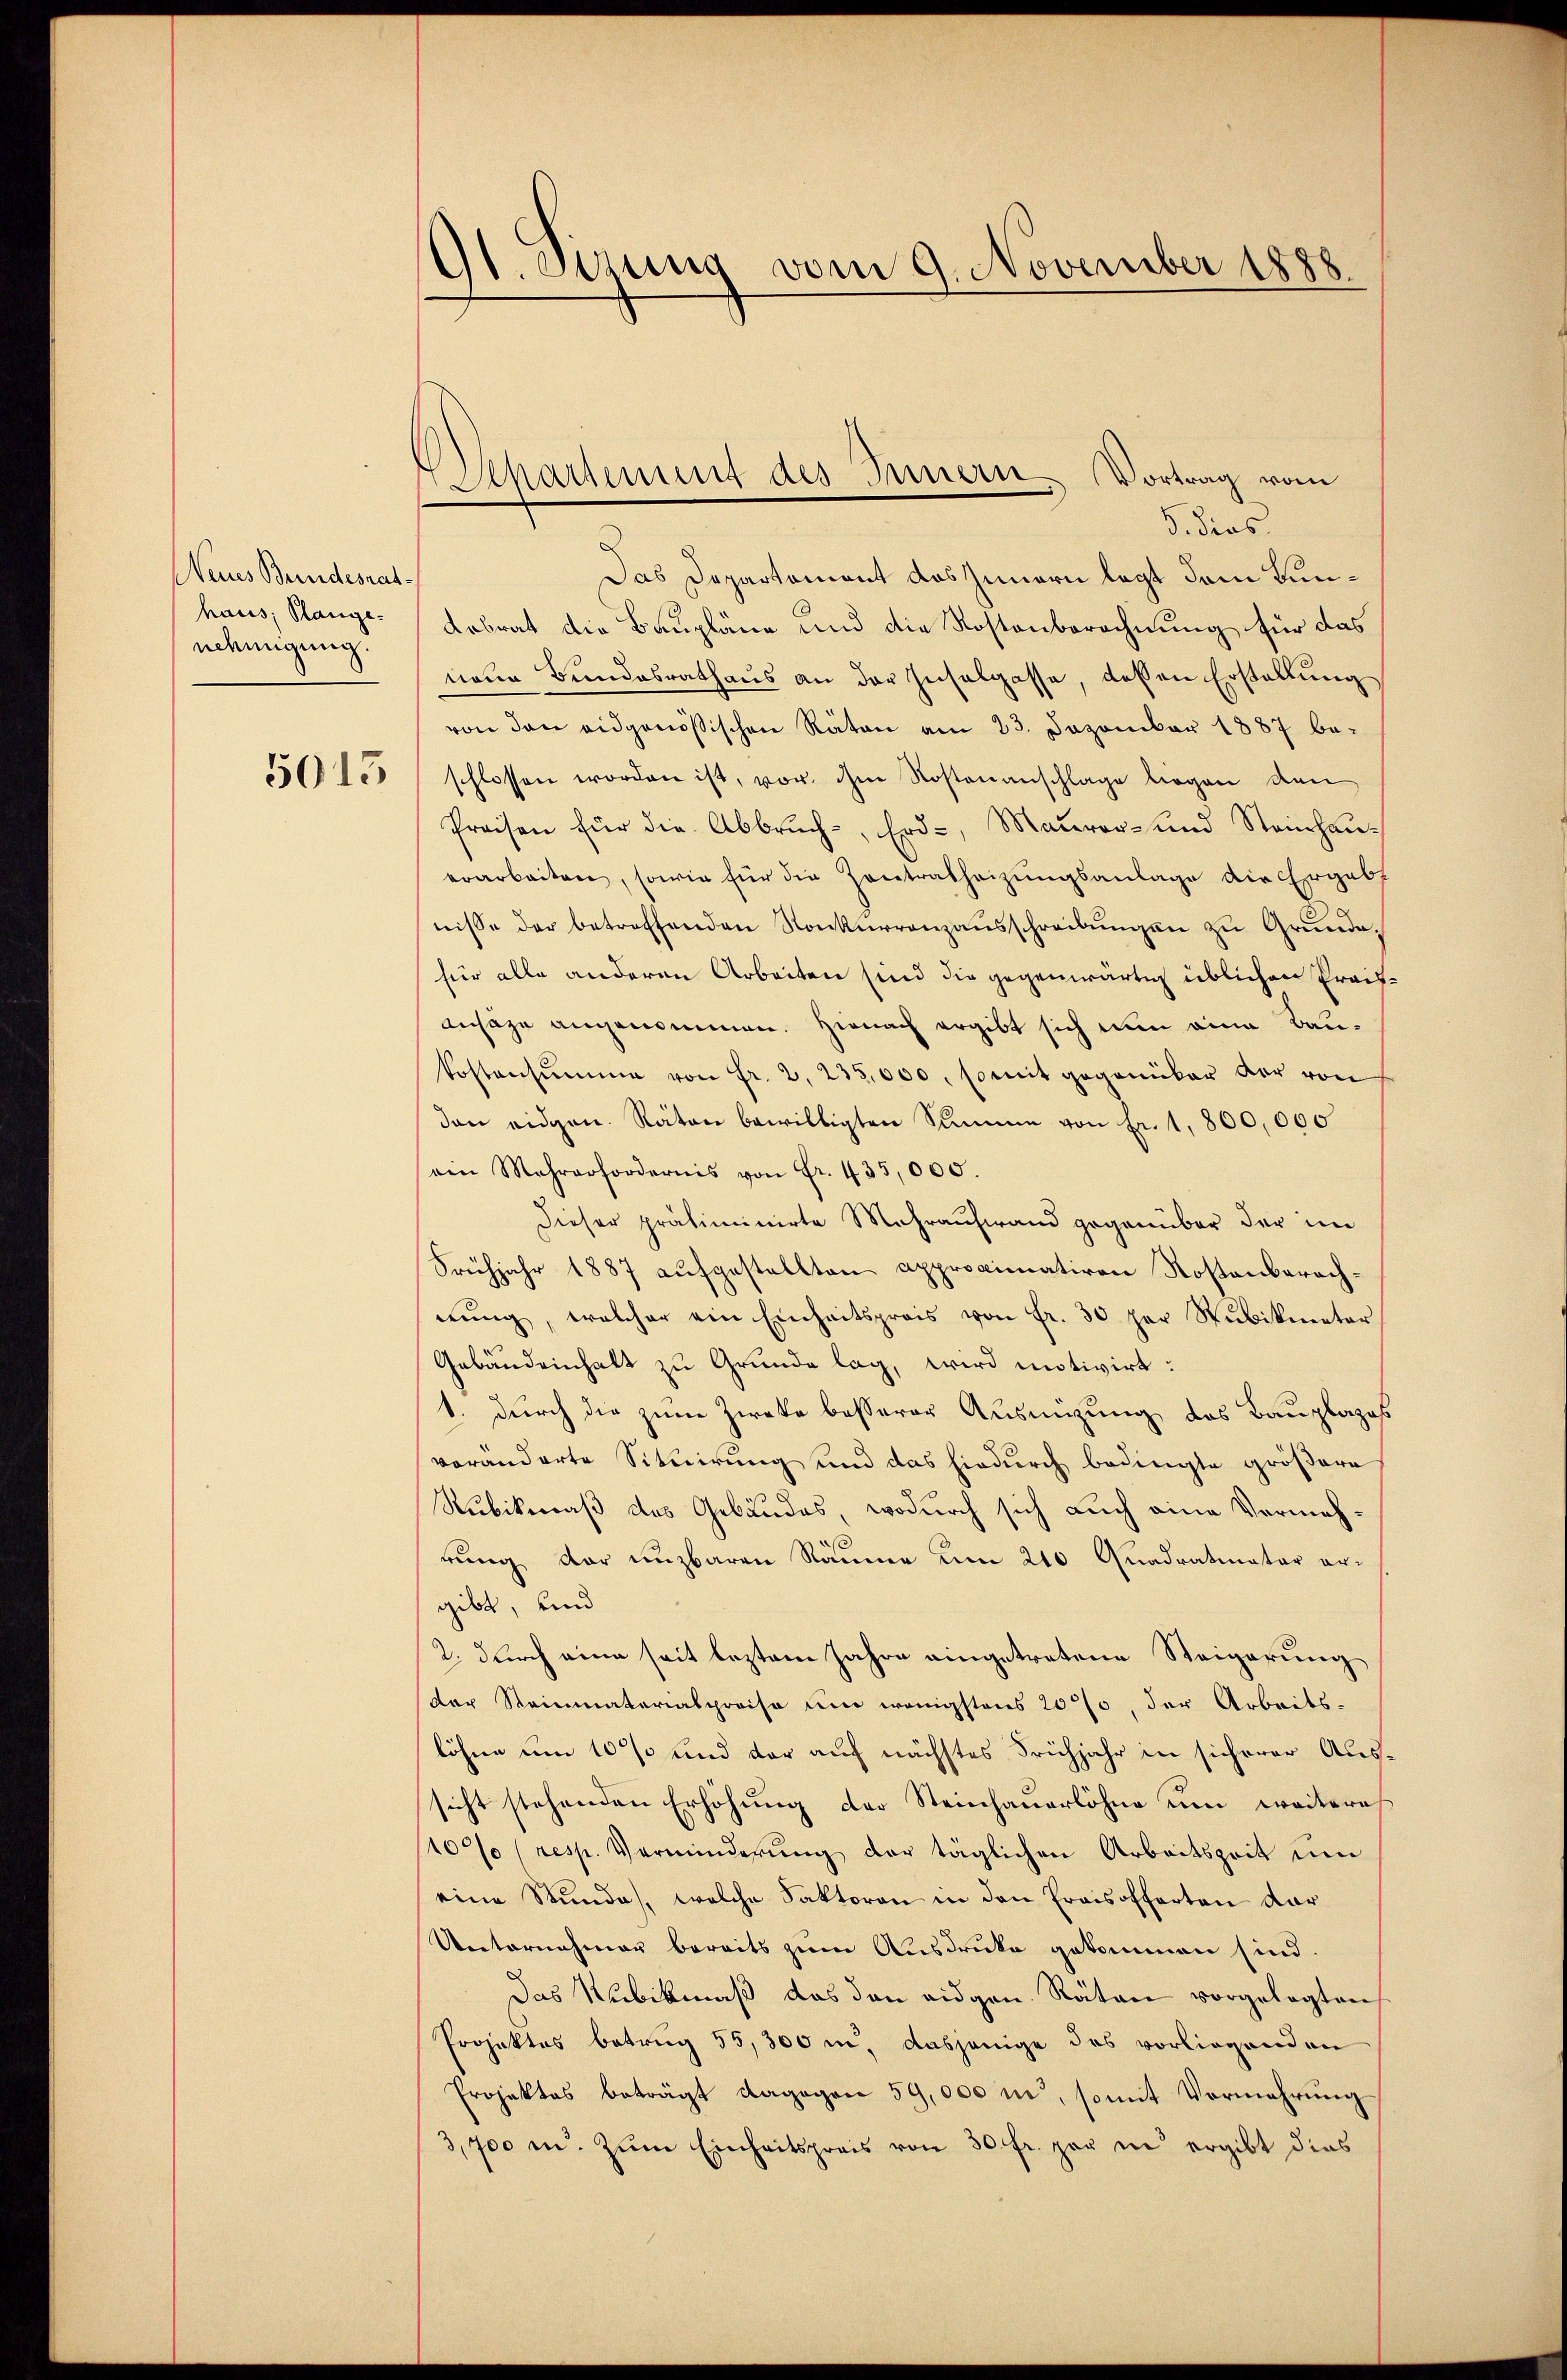
Neues Brindesrat
haus; Plangeneemigung.
5015

91. Sizung vom 9. November 1888.

Apartement des Innern Vortrag vom

5. dies
D
Das Departement das Innern legt dem Bun¬
Kabrat die Baupläne und die Kostenberechnung für das
neue Bundesrathaus an der Insalgasse, deßen Erstellung
von den eidgenössischen Räten am 23. Dezember 1887 be-
schlossen worden ist, vor ihm Kostenanschlage liegen den
Preisen für die Abbrŭch-, Erd-, Maurer- und Steinhauerarbeiten, sowie für die Zentralheizungsanlage die Ergeb
nisse der betreffenden Konkurrenzausschreibungen zu Grunde
für alle anderen Arbeiten sind die gegenwärtig üblichen Prach¬
Anhäge angenommen. Hienach ergibt sich nun eine Baukostensŭmme von Fr. 2. 235,000, somit gegenüber der von
dan eidgen. Räten bewilligten Summe von Fr. 1,800,000
ein Mehrerfordernis von Fr. 435,000.
Dieser präliminirte Mehraufwand gegenüber der im
Frühjahr 1887 aufgestellten approximativen Kostenberachnŭng, welcher ein Einheitspreis von fr. 30 per Stubikmeter
Gebäudeinhalt zu Grunde lag, wird motivirt:
1. durch die zum Zwecke besserer Ausmigung des Bauplazes
veränderte Situirung und das hiedurch bedingte größere
Rubikenaß des Gebäudes, wodurch sich auch eine Vermehrung der unzbaren Räume um 210 Quadratinatar ergibt, und
2. durch eine seit leztem Jahre eingetretene Steigerung
der Reinmaterialpreise um wenigstens 20%, der Arbeits-
löhne um 10 % und vor auf nächstes Frühjahr in sicherer Aussicht stehenden Erhöhung der Steinhauerlöhne um weitere
10% (resp. Verminderung der täglichen Arbeitszeit um
eine Stunde, welche Faktoren in den Fraisofferten dar
Unternahmen bereits zum Ausdrucke gekommen sind
Das Rubikmaß das den eidgen. Räten vorgelegten
Projektes betrug 55, 300 i, dasjenige des vorliegenden
Projektes beträgt dagegen 59,000 in, somit Vermehrung
3,700 m. zum Einheitspreis von 30 fr. gar in ergibt dies